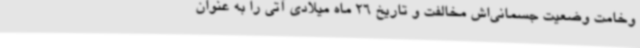
وخامت وضعیت جسمانی‌اش مخالفت و تاریخ 26 ماه میلادی آتی را به عنوان